Medical and sanitary report of the native army of Madras for the year
Year: 1877
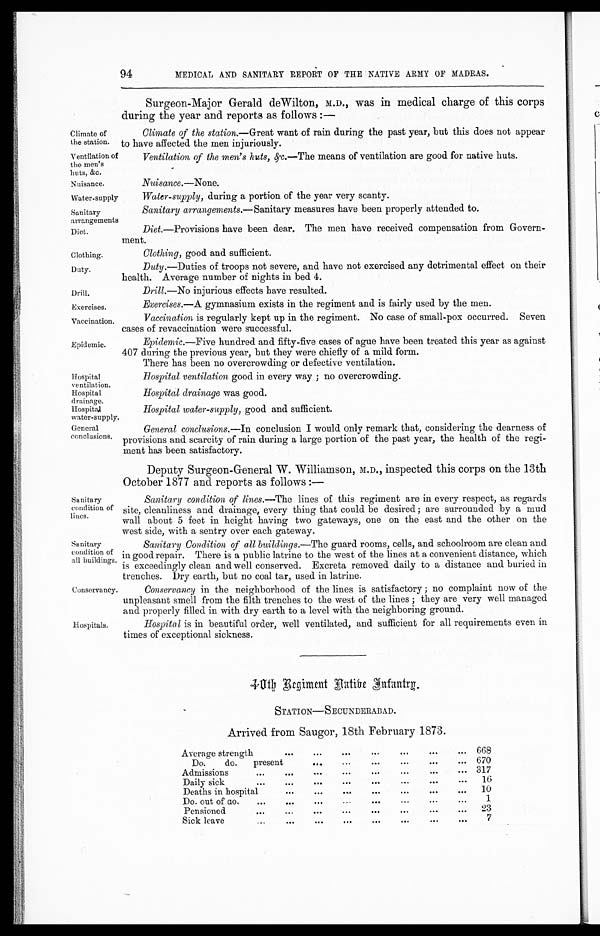
Ventilation of
the men's
huts, amp;c.
Nuisance.
Water-supply
Sanitary
arrangements
Diet.
Clothing.
Duty.
Drill.
Exercises.
Vaccination.
Epidemic.
Sanitary
condition of
lines.
Sanitary
condition of
all buildings.
Conservancy.
94
MEDICAL AND SANITARY REPORT OF THE NATIVE ARMY OF MADRAS.
Climate of
the station.
Surgeon-Major Gerald deWilton, M.D., was in medical charge of this corps
during the year and reports as follows:—
Climate of the station.—Great want of rain during the past year, but this does not appear
to have affected the men injuriously.
Ventilation of the men's huts, amp;c.—The means of ventilation are good for native huts.
Nuisance .—None.
Water-supply , during a portion of the year very scanty.
Sanitary arrangements .—Sanitary measures have been properly attended to.
Diet.—Provisions have been dear, The men have received compensation from Govern-
ment.
Clothing , good and sufficient.
Duty .—Duties of troops not severe, and have not exercised any detrimental effect on their
health. Average number of nights in bed 4.
Drill .—No injurious effects have resulted.
Exercises .—A gymnasium exists in the regiment and is fairly used by the men.
Vaccination is regularly kept up in the regiment. No case of small-pox occurred. Seven
cases of revaccination were successful.
Epidemic .—Five hundred and fifty-five cases of ague have been treated this year as against
407 during the previous year, but they were chiefly of a mild form.
There has been no overcrowding or defective ventilation.
Hospital
ventilation.
Hospital
drainage.
Hospital
water-supply.
Hospital ventilation good in every way ; no overcrowding.
Hospital drainage was good.
Hospital water-supply , good and sufficient.
General
conclusions
Hospitals.
General conclusions. —In conclusion I would only remark that, considering the dearness of
provisions and scarcity of rain during a large portion of the past year, the health of the regi-
ment has been satisfactory.
Deputy Surgeon-General W. Williamson, M.D. , inspected this corps on the 13th
October 1877 and reports as follows:—
Sanitary condition of lines .—The lines of this regiment are in every respect, as regards
site, cleanliness and drainage, every thing that could be desired ; are surrounded by a mud
wall about 5 feet in height having two gateways, one on the east and the other on the
west side, with a sentry over each gateway.
Sanitary Condition of all buildings .—The guard rooms, cells, and schoolroom are clean and
in good repair. There is a public latrine to the west of the lines at a convenient distance, which
is exceedingly clean and well conserved. Excreta removed daily to a distance and buried in
trenches. Dry earth. but no coal tar. used in latrine.
Conservancy in the neighborhood of the lines is satisfactory; no complaint now of the
unpleasant smell from the filth trenches to the west of the lines; they are very well managed
and properly filled in with dry earth to a level with the neighboring ground.
Hospital is in beautiful order, well ventilated, and sufficient for all requirements even in
times of exceptional sickness.
4 0 t h R e g i m e n t N a t i v e I n f a n t r y .
STATION—SECUNDERABAD.
Arrived from Saugor, 18th February 1873.
Average strength
...
...
...
...
...
... 668
Do. do. present
...
...
...
... 670
Admissions
...
...
...
...
...
...
... 317
Daily sick
...
...
...
...
...
...
...
16
Deaths in hospital
...
...
...
...
...
...
10
Do. out of do.
...
...
...
1
Pensioned
...
...
...
...
...
...
23
Sick leave
...
...
. . .
...
. . .
7